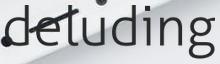
deluding